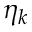
\eta _ { k }